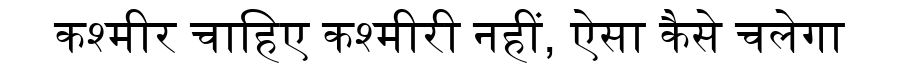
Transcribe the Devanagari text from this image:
कश्मीर चाहिए कश्मीरी नहीं, ऐसा कैसे चलेगा